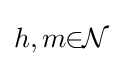
h,m\!\!\in \!\!{\mathcal {N}}